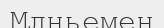
Млньемен